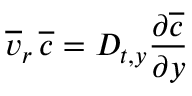
\overline { { v } } _ { r } \, \overline { { c } } = D _ { t , y } \frac { \partial \overline { { c } } } { \partial y }